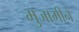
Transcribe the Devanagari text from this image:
मुजामीने